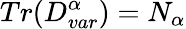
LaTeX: Tr(D_{var}^{\alpha})=N_{\alpha}